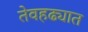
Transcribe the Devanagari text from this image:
तेवहढ्यात